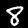
Digit: 8